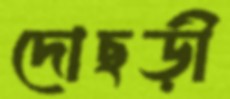
দোছড়ী